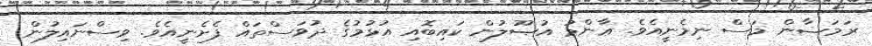
ރަމަޟާން މަސް ނިމެނީއެވެ. ޢާންމު އުޞޫލުން ކައިބޮއި އުޅުމުގެ ދުވަސްތައް ފެށެނީއެވެ. ވިސްނައިލުން